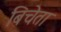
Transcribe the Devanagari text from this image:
बिचेता